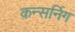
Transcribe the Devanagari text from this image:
कन्सर्निग